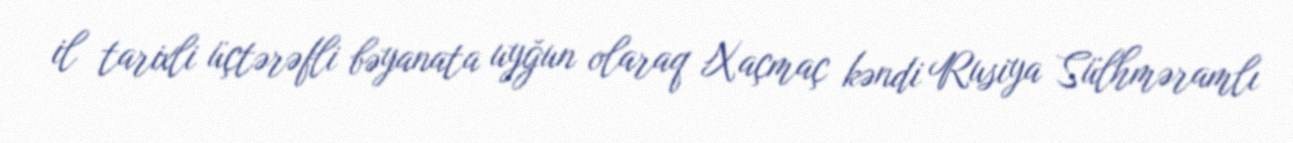
il tarixli üçtərəfli bəyanata uyğun olaraq Xaçmaç kəndi Rusiya Sülhməramlı